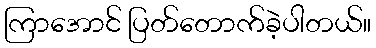
ကြာအောင် ပြတ်တောက်ခဲ့ပါတယ်။